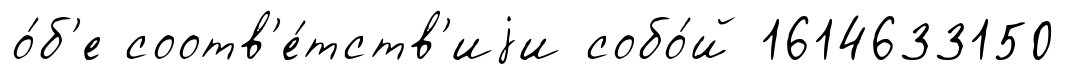
о́б'е соотв'е́тств'иjи собо́й 1614633150